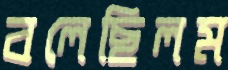
বলেছিলম